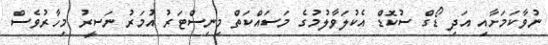
ނުވާކަމަށާއި އަދި ޑޯގް ސުކޮޑް އެކުލަވާލުމުގެ މަސައްކަތް މިނިސްޓަރު އުމަރު ނަސީރު މިހާރުވެސް